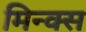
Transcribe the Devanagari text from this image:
मिन्क्स